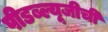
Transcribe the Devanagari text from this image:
पीडब्ल्यूजीची